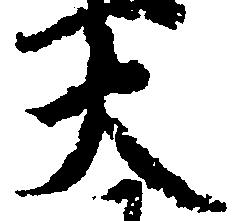
大